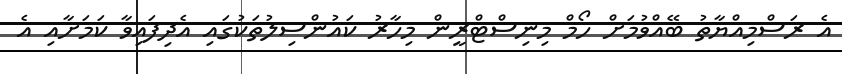
އެ ރަސްމިއްޔާތު ބޭއްވުމަށް ހޯމް މިނިސްޓްރީން މިހާރު ކައުންސިލުތަކުގައި އެދިފައިވާ ކަމަށާއި އެ